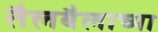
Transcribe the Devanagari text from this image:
तैलबैलाच्या